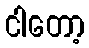
ငါတော့